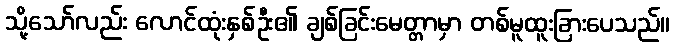
သို့သော်လည်း လောင်ထုံးနှစ်ဦး၏ ချစ်ခြင်းမေတ္တာမှာ တစ်မူထူးခြားပေသည်။